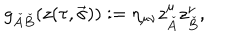
LaTeX: g _ { \check { A } \check { B } } ( z ( \tau , \vec { \sigma } ) ) : = \eta _ { \mu \nu } z _ { \check { A } } ^ { \mu } z _ { \check { B } } ^ { \nu } ,